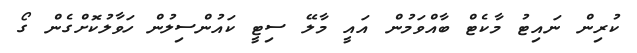
ކުރިން ނައިޓު މާކެޓް ބާއްވަމުން އައީ މާލޭ ސިޓީ ކައުންސިލުން ހަވާލުކޮށްގެން ގޯ